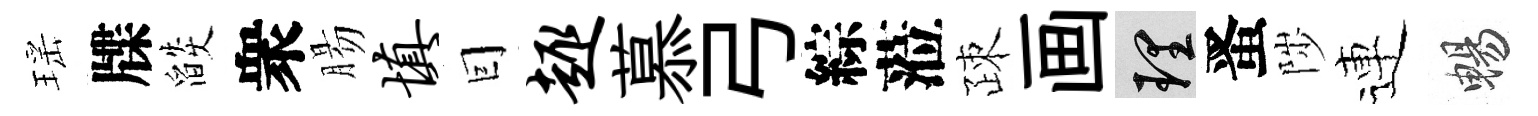
瑶牒燄衆腸填囙趣慕弓綜蒞疎画理󱉠陟連暢